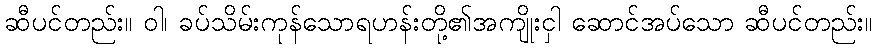
ဆီပင်တည်း။ ဝါ၊ ခပ်သိမ်းကုန်သောရဟန်းတို့၏အကျိုးငှါ ဆောင်အပ်သော ဆီပင်တည်း။